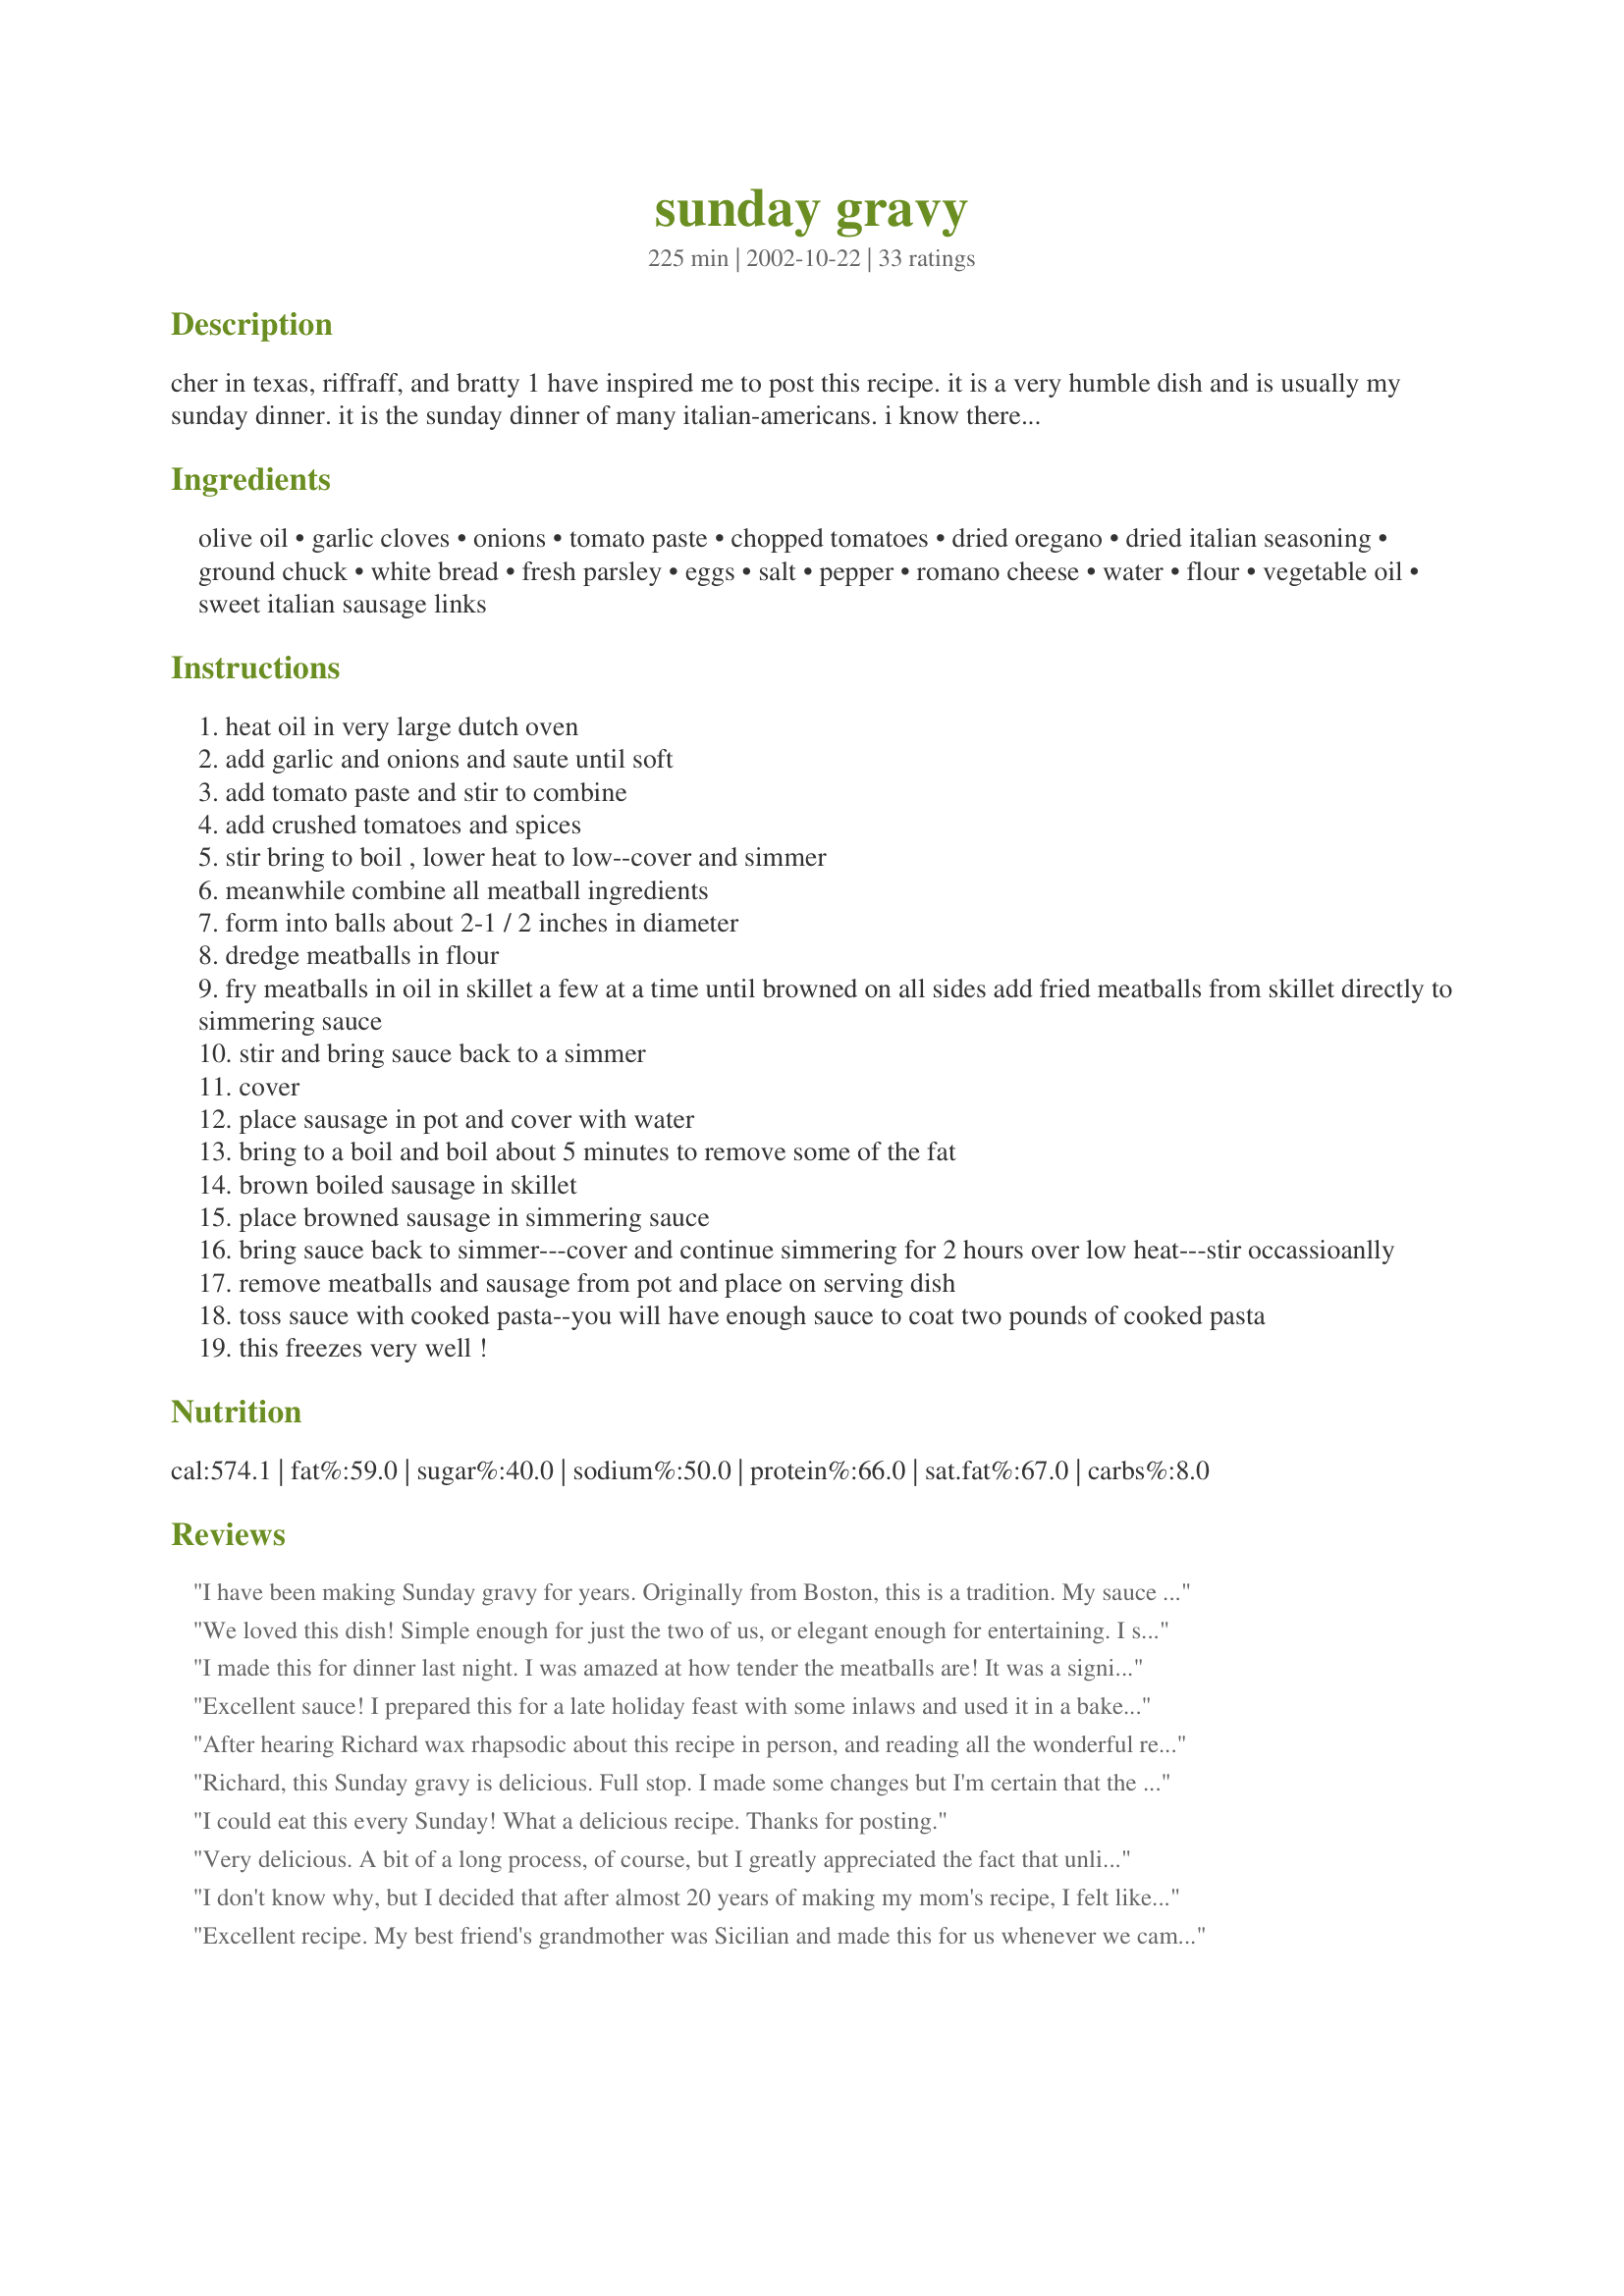
sunday gravy
Preparation time: 225 minutes

cher in texas, riffraff, and bratty 1 have inspired me to post this recipe. it is a very humble dish and is usually my sunday dinner. it is the sunday dinner of many italian-americans. i know there are probably a million ways to make this dish--please give my version a try.

Ingredients:
olive oil, garlic cloves, onions, tomato paste, chopped tomatoes, dried oregano, dried italian seasoning, ground chuck, white bread, fresh parsley, eggs, salt, pepper, romano cheese, water, flour, vegetable oil, sweet italian sausage links

Steps:
heat oil in very large dutch oven
add garlic and onions and saute until soft
add tomato paste and stir to combine
add crushed tomatoes and spices
stir bring to boil , lower heat to low--cover and simmer
meanwhile combine all meatball ingredients
form into balls about 2-1 / 2 inches in diameter
dredge meatballs in flour
fry meatballs in oil in skillet a few at a time until browned on all sides add fried meatballs from skillet directly to simmering sauce
stir and bring sauce back to a simmer
cover
place sausage in pot and cover with water
bring to a boil and boil about 5 minutes to remove some of the fat
brown boiled sausage in skillet
place browned sausage in simmering sauce
bring sauce back to simmer---cover and continue simmering for 2 hours over low heat---stir occassioanlly
remove meatballs and sausage from pot and place on serving dish
toss sauce with cooked pasta--you will have enough sauce to coat two pounds of cooked pasta
this freezes very well !

Reviews:
I have been making Sunday gravy for years. Originally from Boston, this is a tradition. My sauce is almost identical to this recipe except that I cook it for a good four hours. Try this, you won't be disappointed.
We loved this dish! Simple enough for just the two of us, or elegant enough for entertaining. I served it with linguine, a green salad, and garlic bread. It reminded us of a dish you would be served in a local italian restaurant. The ingredients meshed so well together. No trouble at all to make, and the results are so impressive. Richard has hit the mark again. If you are on the fence with this one, don't regard this as another spaghetti/meatballs dish, it is much more.
I made this for dinner last night. I was amazed at how tender the meatballs are! It was a significant amount of work to make but well worth it. Very easy to do, as well, just time consuming. I made a few changes to suit our personal tastes and what I had on hand- a combination of 2/3 beef and 1/3 sausage in the meatballs, diced tomatos instead of chopped, and I added 1 1/2 teaspoons of basil to the sauce. I also used an immersion blender to reduce the chunkyness after removing the meats (purely a preference thing- we like smoother sauces). I'm going to freeze the (lots) of leftovers to enjoy again and again. Thanks for sharing!
Excellent sauce! I prepared this for a late holiday feast with some inlaws and used it in a baked ziti. There was not a speck left in the pan at the end of the evening. I couldn't find small Italian sausages, only larger brat-size ones. After simmering in the water, I sliced these sausages into coins and added to the sauce. I also added about 1/2-3/4 cup red wine while simmering. My house smelled incredible all day. Thanks for making me appear to be an accomplished Italian cook.
After hearing Richard wax rhapsodic about this recipe in person, and reading all the wonderful reviews (except for Karen's, which was just posted), how could I NOT try this out? In a word: YOWZA! Just a few changes -- after sauteeing the garlic and onions in a saucepan I dumped all the sauce ingredients into my crockpot. I made up the meatballs (without the cheese) and just plopped those right into the sauce, no browning them first. No Italian sausage in the vicinity, so I used some hot Moroccan sausage. I started this all early in the morning, switched the crockpot on low and went off to work, swearing all the time I could smell it cooking across town. About 9 hours later I came home to find 2 Dornettes and various friends drooling in the living room. It was torture waiting for the pasta to cook, but we were well rewarded with the most astounding weeknight dinner we've had in a long time. My vegetarian Dornette practically wept with frustration, but still managed to stick to her principles in spite of the most amazing aroma coming off our dinner table. I've got plans to double, even triple the recipe and keep batches of it in the freezer for those times when I need my fix! I may even take pity on veggie-daughter and make up a batch with soy meat and soy sausage. Yo Richard, you really know what you're talking about!
Richard, this Sunday gravy is delicious. Full stop. I made some changes but I'm certain that the long slow simmer is what brought it all together into a delicious savory sauce. I had a 15 oz can of diced tomatoes with fennel and red peppers so I added that along with the paste and and crushed tomatoes. I didn't have Italian seasoning, so I used basil, anise seed, parsley, salt and pepper. I had frozen meatballs, so I used those instead of the meatball recipe (but I want to try that recipe next time I make this, I just HAD to clean out my freezer). I simmered the sauce all afternoon yesterday (Sunday, of course) and had it over spaghetti for dinner along with some garlic bread. It was so good, I'm having it for dinner again tonight. And there was plenty for me to freeze for another weeknight meal so I'll have a delicious "slaved in the kitchen" type of meal in minutes on a weekday. This recipe is killer, just try it, you'll love it.
I could eat this every Sunday! What a delicious recipe. Thanks for posting.
Very delicious. A bit of a long process, of course, but I greatly appreciated the fact that unlike other "Sunday Gravy" recipes this one did not call for pork neck bones! (yikes.) I halved the recipe, but did it all to the letter, using mild Italian sausage links. We found it very tasty and satisfying served over 1 lb. of angel hair pasta...alas, my teenage son said that it didn't seem all that different (to him) from regular spaghetti sauce. I told him that this *Sunday Gravy* recipe is NOT the same as regular home made spaghetti sauce...right? (I don't know; I need some more education in Italian cuisine.) I added a little cabernet sauvignon to the sauce and a bit of additional salt. Overall this was wonderful, and there's a big bowl leftover (3 of us ate it for dinner tonight) so I can imagine that leftovers will taste fabulous. Thanks for a good Sunday afternoon cooking foray!
I don't know why, but I decided that after almost 20 years of making my mom's recipe, I felt like a change. Made this today, Sunday, for dinner. Simmered longer, but otherwise followed the recipe. It is close to my mom's but not quite it. Her meatballs have parsley and Italian seasoning and she doesn't dredge. These meatballs were good, but I think I am used to hers :) The gravy (or sauce as I call it) was wonderful...again, close to mom's, except this one has no salt or pepper (which I admit I thought was odd, but I didn't add it!) or cheese in it. So, after the novel I just wrote, I still think this is very deserving of 5 stars. The whole family loved it, didn't really notice much of a difference and they are soooo glad there are leftovers! Served over linguine with garlic bread.
Excellent recipe. My best friend's grandmother was Sicilian and made this for us whenever we came over to visit her. Tasted just like her authentic sauce.

CabinKat,

How about you actually follow the recipe as described? You might of liked it better...
I have tried a couple of variations on this recipe, and this one is by far the best. The sauce was delicious, and the meatballs were just right. I didn't fry the meatballs first, it seemed like too much work, but it still turned out great!
I can&#039;t even tell you how many times I have made this. This has taken the place of our family recipe! It tastes like it came out of a restaurant! Thank you so much for sharing! Meatballs were just to wonderful and the sausage...So good! We don&#039;t wait for Sunday!
I'm very surprised how many people gave this recipe 5 stars. I don't believe it rates 5 all in all. I thought the sauce was very good, better than I've had. But the meatballs were bland. Tender yes, but really missed on the flavor. I used top of the line sausage and it came out very bland & dry. It could have been the sausage so I won't attribute it to the rating of this recipe. I also had cut up the sausage to bite-size though the recipe doesn't state this. I slow-cooked in crock pot which I think helped the sauce. I may do again just for the sauce but try another recipe for the meatballs. Thanks for posting!
The only thing I would do different is forget the flour and oil and bake the meatballs and sausage in the oven at 400 for about 35 minutes. Give or take depending on the size of your meatballs. It's a bit quicker but everything else is fantastic
This sauce was enjoyable, but not outstanding. It makes a TON, so I wish I had cut the recipe in half. The sauce was good, but the meatballs were yummy! If I don't make the sauce again, I will be making the meatballs! 
Just a note - I don't recommend adding the uncooked meatballs to the sauce in a crockpot. My meatballs practically fell apart (yet they were still good!) and the sauce was a little oily.
This was awesome!!! I will use this recipe from now on. Only change I made was to use bread soaked in milk for the meatballs, just personal preference, otherwise I followed the recipes exactly and would not change a thing. Thank you so much Richard!
I'm sorry, but I guess I am in the minority. It was extremely bland. I wasn't impressed with the sauce and the meatballs were okay. Maybe I did something wrong. I followed the instructions to a T. I am hoping that after sitting overnight in the fridge, the flavors married better. I cooked it for 2 hrs. Even my hubby said it seemed like I left something out. Maybe I am used to more Italian seasonings or S/P. I don't know, but I even bought San Marzano canned tomatoes, which are supposed to be the best. It smelled wonderful while it was cooking. I used to make my own sauce from an old cookbook from the 60s and it was great. I think the meatballs were fine. I really don't care for grease floating on top of the sauce. I did fry the meatballs and drained off the grease but there was still some at the top. I would use hot Italian sausage the next time. The sweet just didn't cut if for me. Oh well.
Excellent recipe brings the old question sauce or gravy. GRAVY Arthur Av. Bronx. Its a Sunday must. Only change ...Use good tomatos and hand crush not chop. Bon Appitito
No self respecting Italian would fry meatballs - you put them in the sauce raw and let the sauce cook them. The flavor of the sauce will permeate the meatballs adding flavor. Also, no Oregano in the sauce - fresh basil and parsley only.
I was curious about "Sunday Gravy" after hearing about it on a TV show. I have no Italian blood in me, but for a family get-together, I decided to try this for fun. Wow! I never thought a spaghetti dinner would be such a hit!! I followed the recipe to the tee (opted for the sweet sausage), just added some fresh chopped basil from my garden and a couple tsp. of sugar (always do with Italian sauces). Served over thin spaghetti with simple sides of garlic bread and salad. Thanks Richard!! I will be adding this to my go-to's for great Italian dishes.
This is a nice one. I used merguez (spicy Moroccan sausage), a little more garlic, and some white cooking wine. My only complaint is that it is a lot more time consuming than my usual (similar) recipe and I didn't detect much of a flavor difference. Regardless, it was very tasty! Thanks Richard.
This has got to be one of the best tasting sauces I've ever tried, EXCELLENT! I will be making this quite a bit!
Thank you so much Richard.
Wonderful sauce..I made this Sunday and the whole neighborhood could smell it....will make this often...
Mr. Man! Wonderful, simply wonderful. I crumbled the meat and the Italian sausage up in my sauce as I wanted to use leftovers for lasagna. I used my own dried oregano from this year's garden. Also added twice as much garlic and added fresh basil at the end. We were dunking bread in the pot. Good stuff, can't wait for the lasagna.
Very good! The gravy has a very meaty taste to it and I use all the same meats when I make my sauce, Hmm..wonder why? Perhaps it is because I never prebrown my meats, I just throw them in the hot sauce uncooked. I did think the sauce needed some salt to "pull" out the flavors more, but it was just delish!
Hallelujah! I have been looking for this recipe for so long. I have a friend that makes this and won't share her "secret family recipe" I was skeptical that this recipe might not be the same. Well, I was so happy when we sat down to eat this....the same yummy "Italian Gravy" that my friend makes. The only change I would make is to not be afraid to add a little more garlic and some additional salt. I will definitely be making this one again and freezing it for later. Thanks Richard for sharing your "secret family recipe"
This is like HEAVEN for meatlovers like me!!thanx for posting such an awwwesome recipe Richard!Thumbs up to the Italians!
Wow Richie this was Magnifico! Made this Sunday for Monday nights dinner allowing the flavors to mend together. Only thing I did differently was add about 1/2 cup of vino. (you know me) and did not add the italian sausage only because my picky family wont eat it. (mental not find new family). lol. This recipe takes a little time but well worth it. This recipe also makes a lot so is great for large gatherings or freezing. Thank you Richard. Now aren't you glad you shared? :0)
Richard....between you and Mean Chef, you boys certainly keep me looking so good! As far as I'm concerned THIS is the real italian sauce I grew up with down in Jersey...made by the first generation Italians! Only I used a handful of fresh basil instead of the Italian seasoning. Everything else was to the T! I'm keeping this one! Keep the great recipies coming! LA :-)
If this is how Italians eat on a Sunday I want to come back as "Tony" in my next life! This was so simple to put together, and everything worked. The meatballs, the sauce, the Italian sausage. I served this over a bed of linguini along with garlic bread. The sauce clung perfectly to every strand of pasta. One of my guests said it was like eating in a little Italian restaraunt in New York. Thank you Richard, for sharing this heritage recipe with us and taking us to the Bronx for one memorable meal!
Hey Rich! I'm a Jersey-American-Italian and make the "gravy" every Sunday like clockwork. Your recipe is similar to mine. I sometimes brown some boneless pork butt cut into chunks for a different flavor. There's nothing like homemade "gravy"! Keep up the tradition.
Yummo. I made this exactly as described, but I baked my meatballs instead of frying. Absolutely delish. Thanks Richard!
I doubt that you need another 5 stars, but stand back--here they come. This is truly a wonderful "Sunday" Gravy dinner. I simmered longer because I made it 48 hours before serving--the flavors flowed together like a symphony. Love these meatballs!
Thanks Richard for posting this fine fine recipe. Bellisimo!
